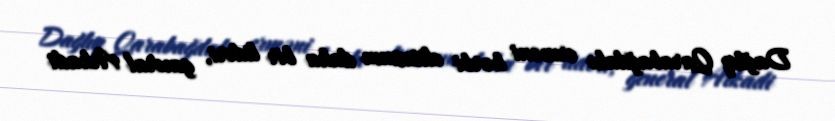
Dağlıq Qarabağdakı erməni hərbi elitasının daha bir lideri, general Arkadi